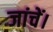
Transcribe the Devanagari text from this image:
जांचें।